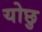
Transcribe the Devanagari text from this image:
योछु